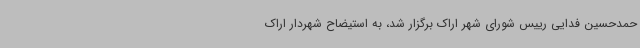
حمدحسین فدایی رییس شورای شهر اراک برگزار شد، به استیضاح شهردار اراک